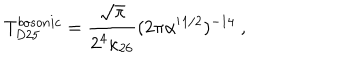
T _ { D 2 5 } ^ { b o s o n i c } = { \frac { \sqrt \pi } { 2 ^ { 4 } \kappa _ { 2 6 } } } ( 2 \pi \alpha ^ { \prime } { } ^ { 1 / 2 } ) ^ { - 1 4 } \ ,